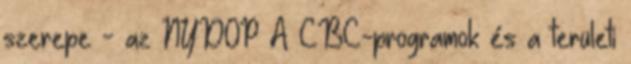
szerepe - az NYDOP A CBC-programok és a területi